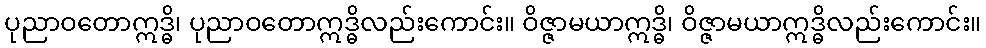
ပုညာဝတောဣဒ္ဓိ၊ ပုညာဝတောဣဒ္ဓိလည်းကောင်း။ ဝိဇ္ဇာမယာဣဒ္ဓိ၊ ဝိဇ္ဇာမယာဣဒ္ဓိလည်းကောင်း။